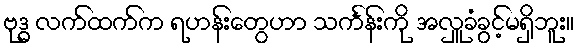
ဗုဒ္ဓ လက်ထက်က ရဟန်းတွေဟာ သင်္ကန်းကို အလှူခံခွင့်မရှိဘူး။